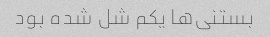
بستنی‌ها یکم شل شده بود